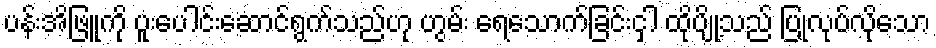
ပန်းအိဖြူကို ပူးပေါင်းဆောင်ရွက်သည်ဟု ဟွမ်း ရေသောက်ခြင်းငှါ ထိုပျို့သည် ပြုလုပ်လိုသော